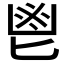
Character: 鬯